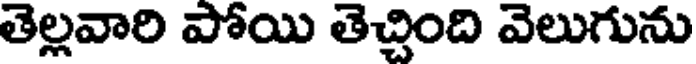
తెల్లవారి పోయి తెచ్చింది వెలుగును